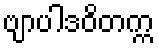
ဗျာပါဒဝိတက္က